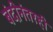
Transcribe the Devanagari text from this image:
बंदीनंतरही